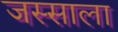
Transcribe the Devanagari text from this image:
जस्साला